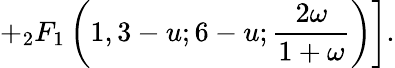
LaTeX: \left.+{}_{2}F_{1}\left(1,3-u;6-u;\frac{2\omega}{1+\omega}\right)\right].